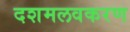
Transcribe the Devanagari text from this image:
दशमलवकरण